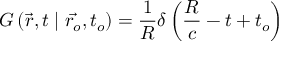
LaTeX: G \left( \vec { r } , t \mid \vec { r _ { o } } , t _ { o } \right) = \frac { 1 } { R } \delta \left( \frac { R } { c } - t + t _ { o } \right)